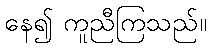
နေ၍ ကူညီကြသည်။